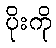
ပိုးကို